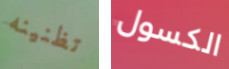
تظنينه الكسول